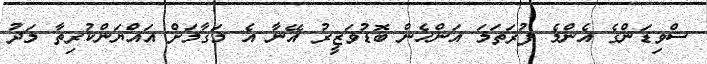
ސްވިޑަންގެ އެންމެ ފުރަތަމަ އަންހެން ބޮޑުވަޒީރު އޭނާ އެ މަގާމަށް އައްޔަންކުރިތާ މަދު